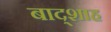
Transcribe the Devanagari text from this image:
बाद्शाह